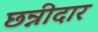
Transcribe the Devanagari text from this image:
छन्नीदार